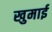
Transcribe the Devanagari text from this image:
खुमाई